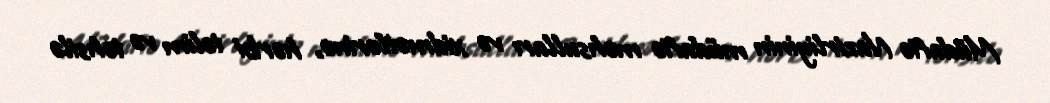
Müdafiə Nazirliyinin müdafiə məhsulları və xidmətlərinə, hərbi təlim və təhsilə